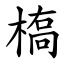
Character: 槗